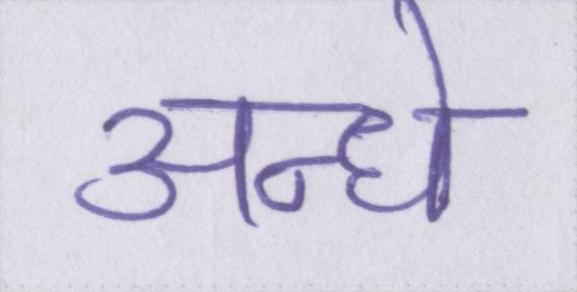
अन्धे